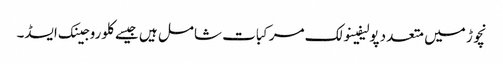
نچوڑ میں متعدد پولیفینولک مرکبات شامل ہیں جیسے کلوروجینک ایسڈ۔